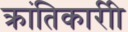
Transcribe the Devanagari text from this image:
क्रांतिकारीी